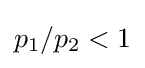
p_{1}/p_{2}<1